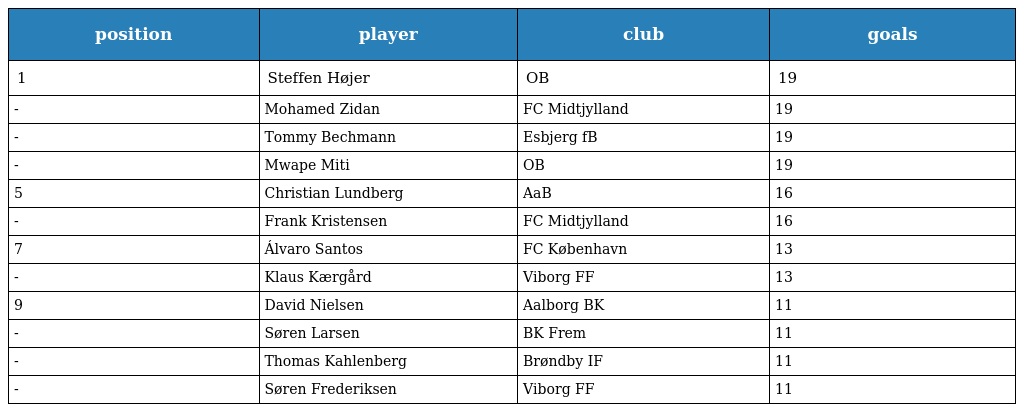
| position | player | club | goals |
 | --- | --- | --- | --- |
 | 1 | Steffen Højer | OB | 19 |
 | - | Mohamed Zidan | FC Midtjylland | 19 |
 | - | Tommy Bechmann | Esbjerg fB | 19 |
 | - | Mwape Miti | OB | 19 |
 | 5 | Christian Lundberg | AaB | 16 |
 | - | Frank Kristensen | FC Midtjylland | 16 |
 | 7 | Álvaro Santos | FC København | 13 |
 | - | Klaus Kærgård | Viborg FF | 13 |
 | 9 | David Nielsen | Aalborg BK | 11 |
 | - | Søren Larsen | BK Frem | 11 |
 | - | Thomas Kahlenberg | Brøndby IF | 11 |
 | - | Søren Frederiksen | Viborg FF | 11 |